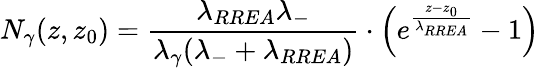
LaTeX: N_{\gamma}(z,z_{0})=\frac{\lambda_{RREA}\lambda_{-}}{\lambda_{\gamma}(\lambda_{-}+\lambda_{RREA})}\cdot\left(e^{\frac{z-z_{0}}{\lambda_{RREA}}}-1\right)